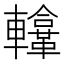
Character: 𨏚